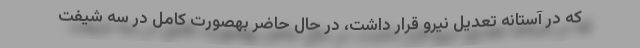
که در آستانه تعدیل نیرو قرار داشت، در حال حاضر بهصورت کامل در سه شیفت